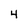
Character: 4